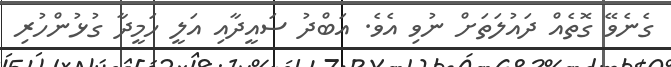
ގެނެވޭ ގޮތެއް ދައުލަތަށް ނުވި އެވެ. އަަބްދު ސައީދާއި އަލީ ހަމީދާ ގުޅުންހުރި